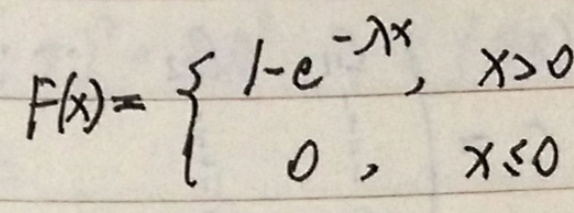
\[
F(x)=
\begin{cases}
1 - e^{-\lambda x}, & x > 0 \\
0, & x \leq 0
\end{cases}
\]